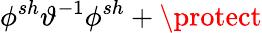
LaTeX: \phi^{sh}\vartheta^{-1}\phi^{sh}+\protect